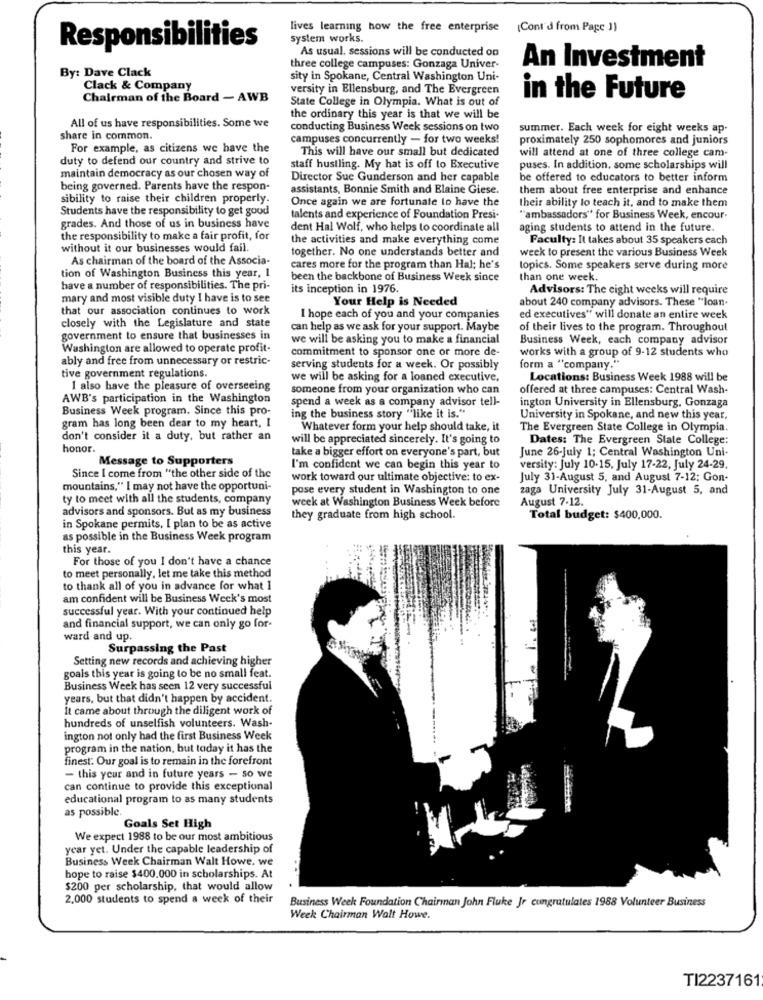
lives learning how the free enterprise (Cont'd from Page ))
system works.
Responsibilities
As usual. sessions will be conducted on
By: Dave Clack
three college campuses: Gonzaga Univer-
An Investment
sity in Spokane, Central Washington Uni-
Clack & Company
versity in Ellensburg, and The Evergreen
Chairman of the Board - AWB
State College in Olympia. What is out of
in the Future
All of us have responsibilities. Some we
the ordinary this year is that we will be
conducting Business Week sessions on two
summer. Each week for eight weeks ap-
share in common.
campuses concurrently - for two weeks!
proximately 250 sophomores and juniors
For example, as citizens we have the
This will have our small but dedicated
will attend at one of three college cam-
duty to defend our country and strive to
staff hustling. My hat is off to Executive
puses. In addition, some scholarships will
maintain democracy as our chosen way of
Director Sue Gunderson and her capable
be offered to educators to better inform
being governed. Parents have the respon-
assistants, Bonnie Smith and Elaine Giese.
them about free enterprise and enhance
sibility to raise their children properly.
Once again we are fortunate to have the
their ability lo teach it, and to make them
Students have the responsibility to get good
talents and experience of Foundation Presi-
"ambassadors" for Business Week, encour-
grades. And those of us in business have
dent Hal Wolf, who helps to coordinate all
aging students to attend in the future.
the responsibility to make a fair profit, for
the activities and make everything come
Faculty: It takes about 35 speakers each
without it our businesses would fail.
together. No one understands better and
week to present the various Business Week
As chairman of the board of the Associa-
cares more for the program than Hal; he's
topics. Some speakers serve during more
tion of Washington Business this year, I
been the backbone of Business Week since
than one week.
have a number of responsibilities. The pri-
its inception in 1976.
Advisors: The eight weeks will require
mary and most visible duty I have is to see
Your Help is Needed
about 240 company advisors. These "loan.
that our association continues to work
closely with the Legislature and state
I hope each of you and your companies
ed executives" will donate an entire week
can help as we ask for your support. Maybe
of their lives to the program. Throughout
government to ensure that businesses in
we will be asking you to make a financial
Business Week, each company advisor
Washington are allowed to operate profit-
commitment to sponsor one or more de-
works with a group of 9-12 students who
ably and free from unnecessary or restric-
serving students for a week. Or possibly
form a "company."
tive government regulations.
we will be asking for a loaned executive.
Locations: Business Week 1988 will be
1 also have the pleasure of overseeing
someone from your organization who can
offered at three campuses: Central Wash-
AWB's participation in the Washington
spend a week as a company advisor tell-
ington University in Ellensburg, Gonzaga
Business Week program. Since this pro-
ing the business story "like it is."
University in Spokane, and new this year.
gram has long been dear to my heart, I
Whatever form your help should take, it
The Evergreen State College in Olympia.
don't consider it a duty, but rather an
will be appreciated sincerely. It's going to
Dates: The Evergreen State College:
honor.
take a bigger effort on everyone's part, but
June 26-July 1; Central Washington Uni-
Message to Supporters
I'm confident we can begin this year to
versity: July 10-15, July 17-22, July 24-29.
Since I come from "the other side of the
work toward our ultimate objective: to ex-
July 31-August 5, and August 7-12: Gon-
mountains," I may not have the opportuni-
pose every student in Washington to one
zaga University July 31-August 5, and
ty to meet with all the students, company
week at Washington Business Week before
August 7-12.
advisors and sponsors. But as my business
they graduate from high school.
Total budget: $400,000.
in Spokane permits, I plan to be as active
as possible in the Business Week program
this year.
For those of you I don't have a chance
to meet personally, let me take this method
to thank all of you in advance for what I
am confident will be Business Week's most
successful year. With your continued help
and financial support, we can only go for-
ward and up.
Surpassing the Past
Setting new records and achieving higher
goals this year is going to be no small feat.
Business Week has seen 12 very successful
years, but that didn't happen by accident.
It came about through the diligent work of
hundreds of unselfish volunteers. Wash-
ington not only had the first Business Week
program in the nation, but today it has the
finest: Our goal is to remain in the forefront
- this your and in future years - so we
can continue to provide this exceptional
educational program to as many students
as possible.
Goals Set High
We expect 1988 to be our most ambitious
year yet. Under the capable leadership of
Business Week Chairman Walt Howe. we
hope to raise $400.000 in scholarships. At
$200 per scholarship, that would allow
2,000 students to spend a week of their
Business Week Foundation Chairman John Fluke Jr cungratulates 1988 Volunteer Business
Week Chairman Walt Howe.
TI2237161